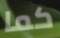
كما